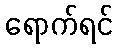
ရောက်ရင်